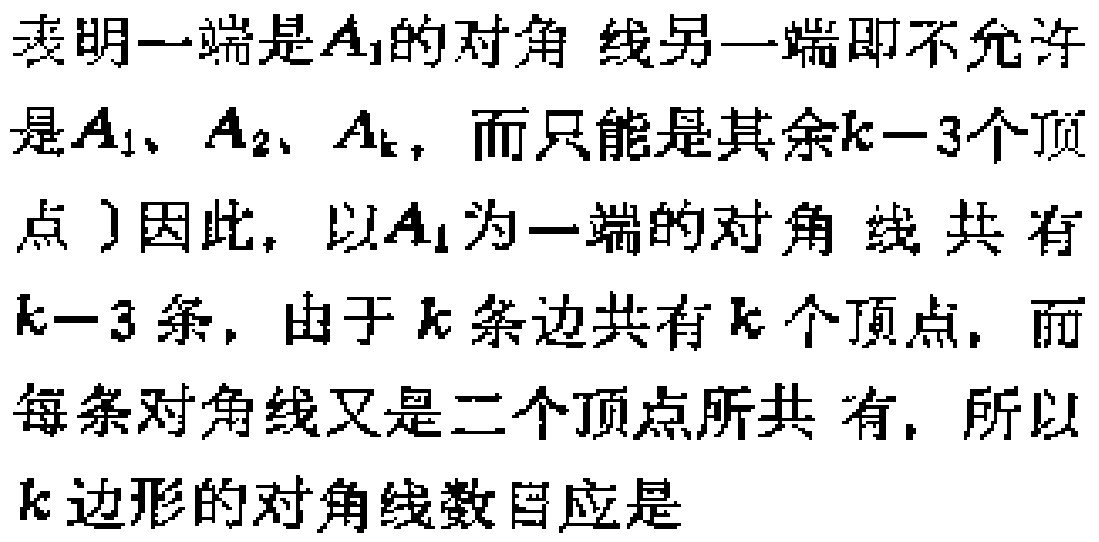
表明一端是\(A_{1}\)的对角 线另一端即不允许是\(A_{1}\)、\(A_{2}\)、\(A_{k}\)，而只能是其余\(k - 3\)个顶点 ）因此，以\(A_{1}\)为一端的对角 线 共 有\(k - 3\)条，由于\(k\)条边共有\(k\)个顶点，而每条对角线又是二个顶点所共 有，所以\(k\)边形的对角线数目应是